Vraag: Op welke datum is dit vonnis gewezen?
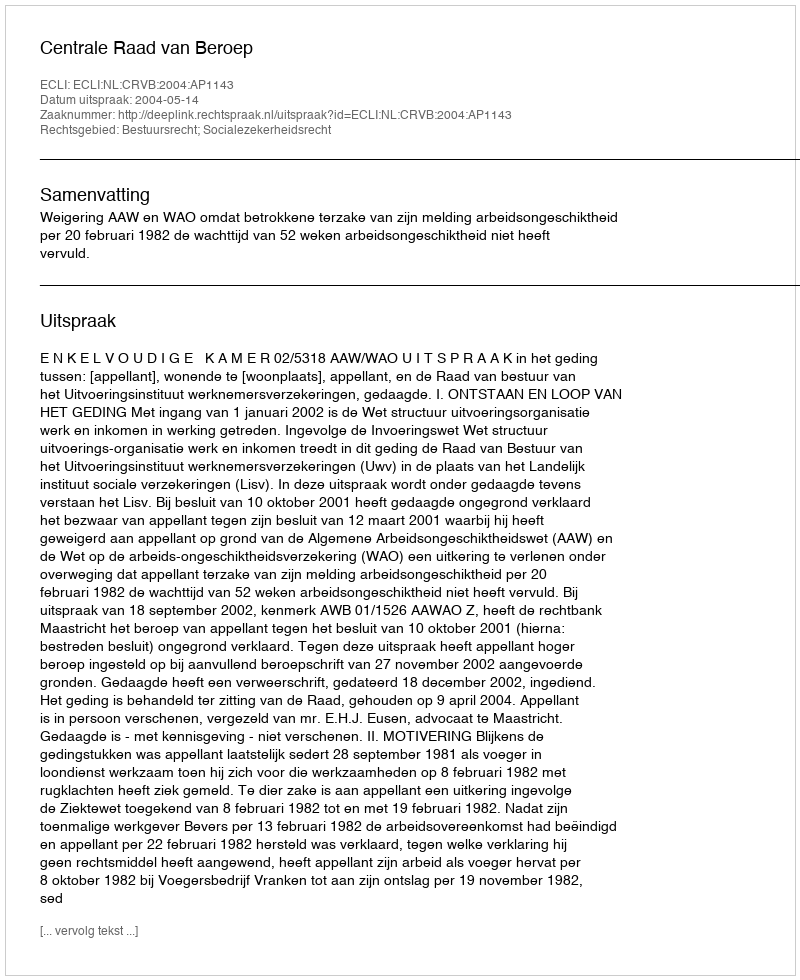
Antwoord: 2004-05-14